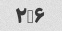
۲,۶